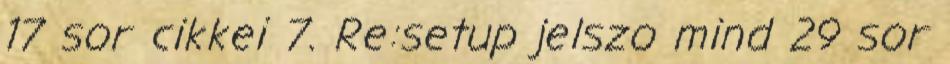
17 sor cikkei 7. Re:setup jelszo mind 29 sor